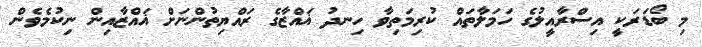
މި ބޯޑަރަކީ އިސްރާއީލުގެ ހަމަލާތައް ކުރިމަތިވާ ހިނދު ޣައްޒާގެ ރައްޔިތުންނަށް ޣައްޒާއިން ނިކުމެވެން